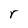
Character: r